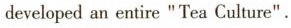
developed an entire "Tea Culture".